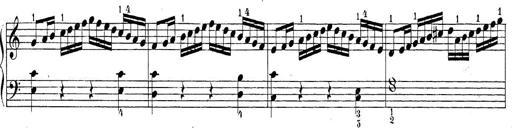
Title: Sonatina Album
Composer: Louis KÃ¶hler